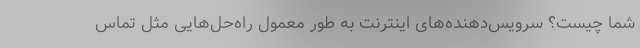
شما چیست؟ سرویس‌دهنده‌های اینترنت به طور معمول راه‌حل‌هایی مثل تماس